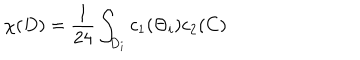
\chi ( D ) = \frac { 1 } { 2 4 } \int _ { D _ { i } } c _ { 1 } ( \Theta _ { i } ) c _ { 2 } ( C )